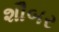
શૌબર